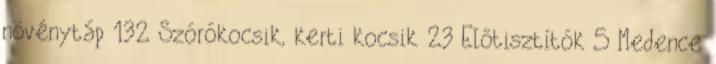
növénytáp 132 Szórókocsik, kerti kocsik 23 Előtisztítók 5 Medence